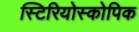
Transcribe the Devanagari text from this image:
स्टिरियोस्कोपिक